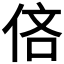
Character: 𫢧